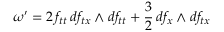
\omega ^ { \prime } = 2 \, f _ { t t } \, d f _ { t x } \wedge d f _ { t t } + \frac { 3 } { 2 } \, d f _ { x } \wedge d f _ { t x }